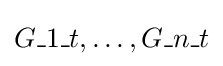
{G\_1}\_t,\ldots ,{G\_n}\_t